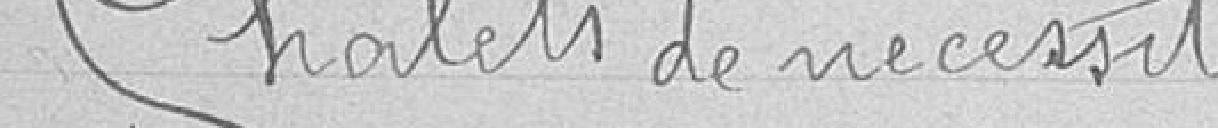
Chalets de nécessité